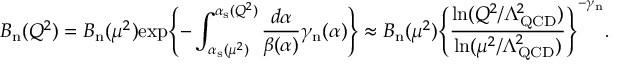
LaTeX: B _ { \mathrm { n } } ( Q ^ { 2 } ) = B _ { \mathrm { n } } ( \mu ^ { 2 } ) \mathrm { e x p } \Biggl \{ - \int _ { \alpha _ { \mathrm { s } } ( \mu ^ { 2 } ) } ^ { \alpha _ { \mathrm { s } } ( Q ^ { 2 } ) } \frac { d \alpha } { \beta ( \alpha ) } \gamma _ { \mathrm { n } } ( \alpha ) \Biggr \} \approx B _ { \mathrm { n } } ( \mu ^ { 2 } ) \Biggl \{ \frac { \ln ( Q ^ { 2 } / \Lambda _ { \mathrm { Q C D } } ^ { 2 } ) } { \ln ( \mu ^ { 2 } / \Lambda _ { \mathrm { Q C D } } ^ { 2 } ) } \Biggr \} ^ { - \gamma _ { \mathrm { n } } } .